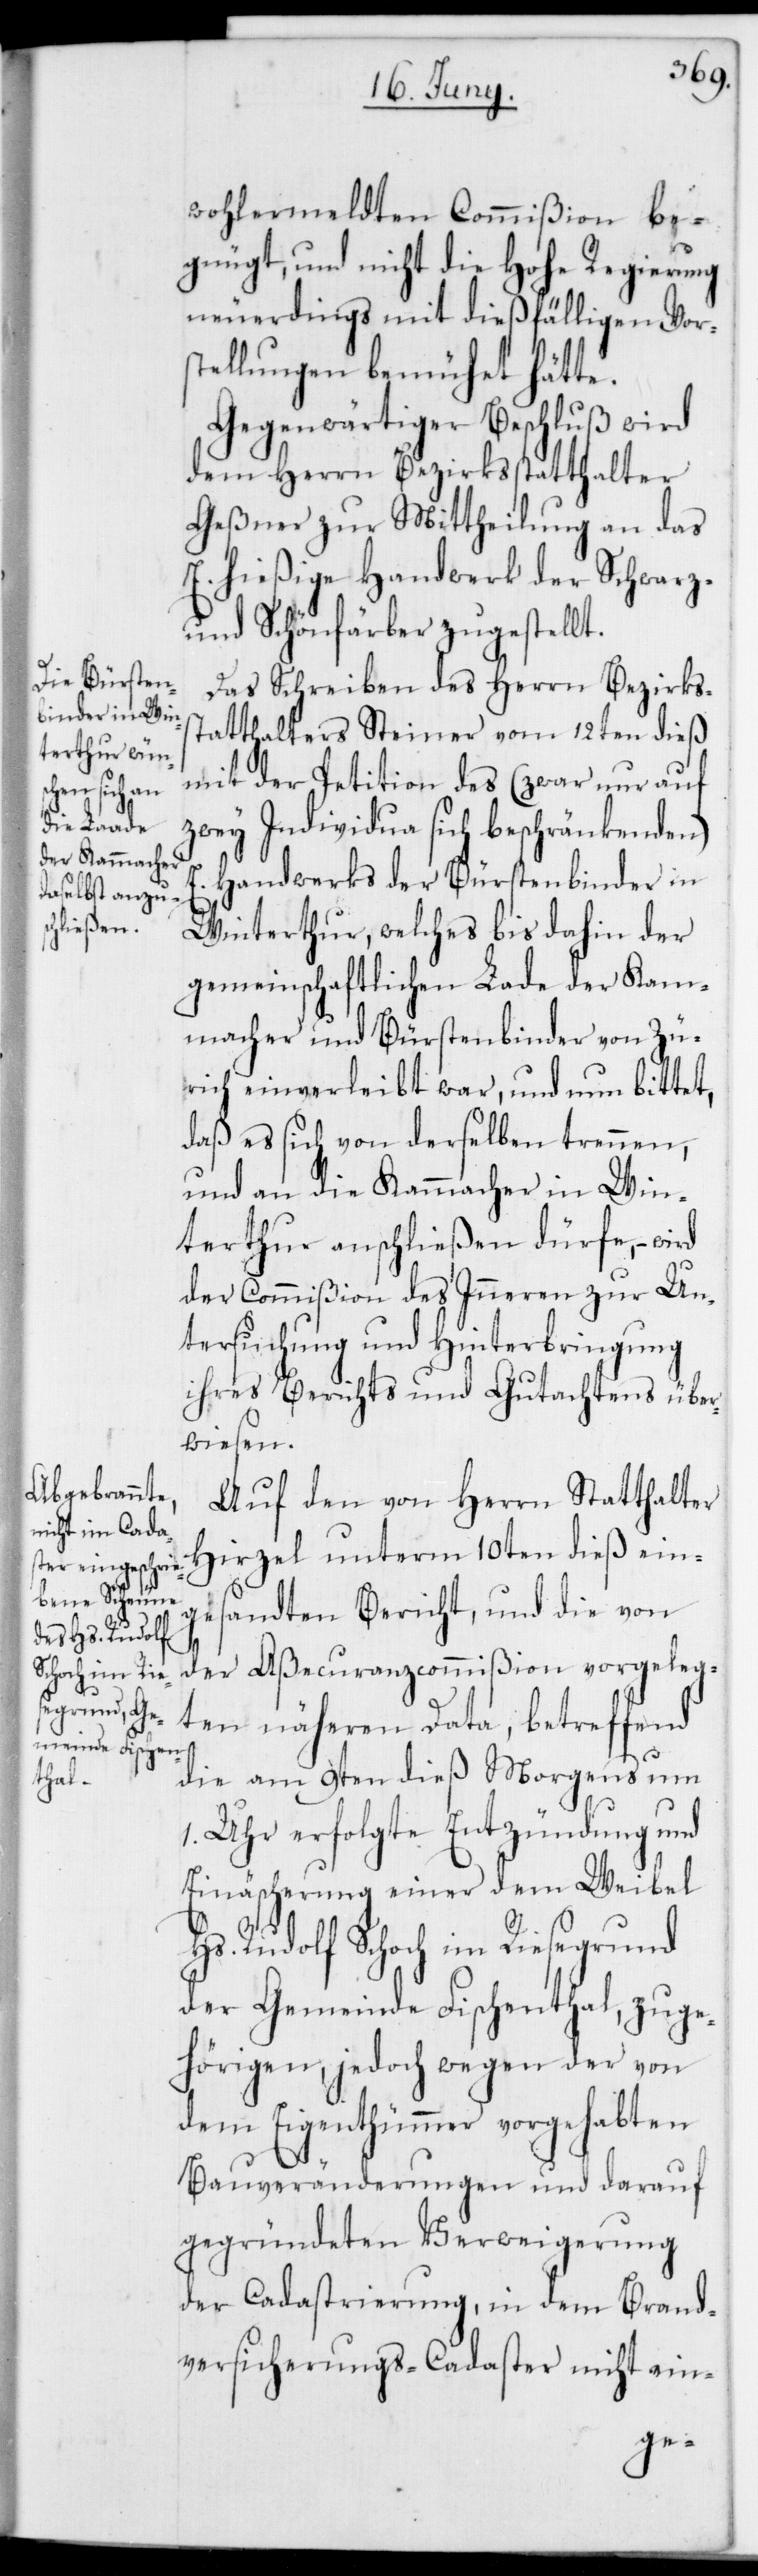
wohlermeldten Commißion be¬
gnügt, und nicht die Hohe Regierung
neuerdings mit dießfälligen Vor¬
stellungen bemühet hätte.
Gegenwärtiger Beschluß wird
dem Herrn Bezirksstatthalter
Geßner zur Mittheilung an das
E. hießige Handwerk der Schwarz-
und Schönfärber zugestellt.
Das Schreiben des Herrn Bezirks¬
statthalters Steiner vom 12ten dieß
mit der Petition des (zwar nur auf
zwey Individua sich beschränkenden)
Handwerks der Bürstenbinder in
Winterthur, welches bis dahin der
gemeinschaftlichen Lade der Kam¬
macher und Bürstenbinder von Zü¬
rich einverleibt war, und nun bittet,
daß es sich von derselben trennen,
und an die Kammacher in Win¬
terthur anschließen dürfe, – wird
der Commißion des Inneren zur Un¬
tersuchung und Hinterbringung
ihres Berichts und Gutachtens über¬
wiesen.
Auf den von Herrn Statthalter
Hirzel unterm 10ten dieß ein¬
gesandten Bericht, und die von
der Aßecuranzcommißion vorgeleg¬
ten näheren Data, betreffend
die am 9ten dieß Morgens um
1. Uhr erfolgte Entzündung und
Einäscherung einer dem Weibel
Hs. Rudolf Schoch im Riesegrund
der Gemeinde Fischenthal, zuge¬
hörigen, jedoch wegen der von
dem Eigenthümmer vorgehabten
Bauveränderungen und darauf
gegründeten Verweigerung
der Cadastrierung, in dem Brand¬
versicherungs-Cadaster nicht ein-